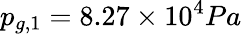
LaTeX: p_{g,1}=8.27\times 10^{4}Pa